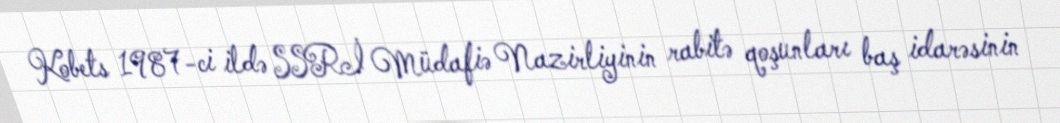
Kobets 1987-ci ildə SSRİ Müdafiə Nazirliyinin rabitə qoşunları baş idarəsinin